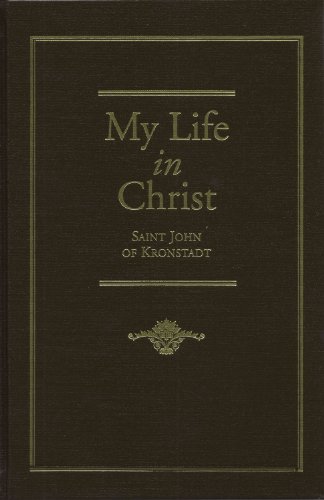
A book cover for My Life in Christ, or  Moments of Spiritual Serenity and Contemplation, of Reverent Feeling, of  Earnest Self-Amendment and Peace in God; St John of Kronstadt; Christian Books & Bibles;